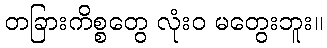
တခြားကိစ္စတွေ လုံးဝ မတွေးဘူး။